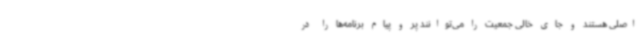
اصلی هستند و جای خالی جمعیت را می‌توانند پر و پیام برنامه‌ها را در